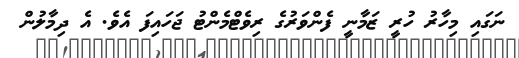
ނަގައި މިހާރު ހުރީ ޒަމާނީ ފެންވަރުގެ ރިވެޓްމެންޓު ޖަހައިފަ އެވެ. އެ ދިމާލުން